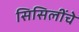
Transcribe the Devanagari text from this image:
सिसिलींचे